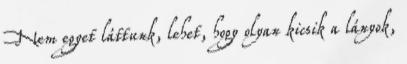
Nem egyet láttunk, lehet, hogy olyan kicsik a lányok,